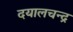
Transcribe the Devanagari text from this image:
दयालचन्द्र